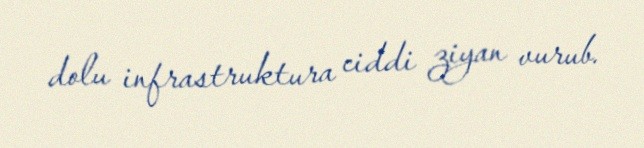
dolu infrastruktura ciddi ziyan vurub.